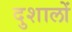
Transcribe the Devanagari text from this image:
दुशालों